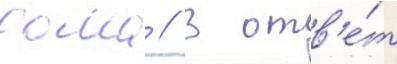
дома // В отв'е́т